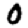
Digit: 0